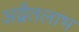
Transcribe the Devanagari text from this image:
अद्वैतलाभ